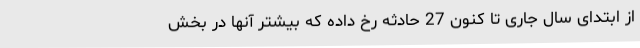
از ابتدای سال جاری تا کنون 27 حادثه رخ داده که بیشتر آنها در بخش